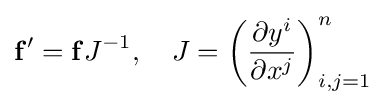
\mathbf {f} '=\mathbf {f} J^{-1},\quad J=\left({\frac {\partial y^{i}}{\partial x^{j}}}\right)_{i,j=1}^{n}